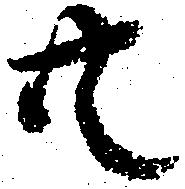
共